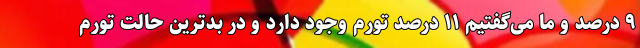
۹ درصد و ما می‌گفتیم ۱۱ درصد تورم وجود دارد و در بدترین حالت تورم